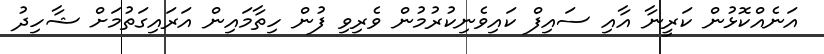
އަނެއްކޮޅުން ކަރީނާ އާއި ސައިފް ކައިވެނިކުރުމުން ވެރިވި ފުން ހިތާމައިން އަރައިގަތުމަށް ޝާހިދު